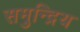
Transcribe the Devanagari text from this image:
समुन्द्रिय